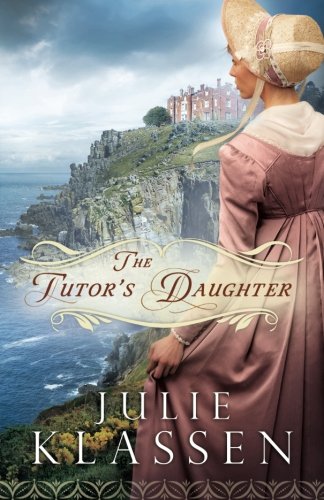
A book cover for The Tutor's Daughter; Julie Klassen; Religion & Spirituality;